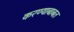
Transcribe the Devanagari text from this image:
करण्‍याबाबत